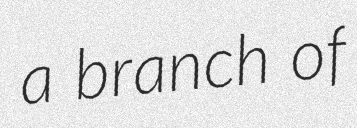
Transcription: a branch of